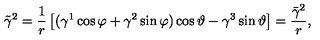
\tilde { \gamma } ^ { 2 } = \frac 1 r \left[ ( \gamma ^ { 1 } \cos \varphi + \gamma ^ { 2 } \sin \varphi ) \cos \vartheta - \gamma ^ { 3 } \sin \vartheta \right] = \frac { \bar { \gamma } ^ { 2 } } r , \quad